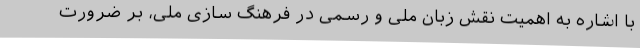
با اشاره به اهمیت نقش زبان ملی و رسمی در فرهنگ سازی ملی، بر ضرورت